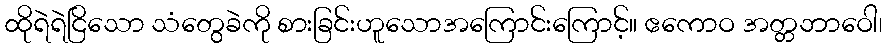
ထိုရဲရဲငြိသော သံတွေခဲကို စားခြင်းဟူသောအကြောင်းကြောင့်။ ဧကောဝ အတ္တဘာဝေါ၊